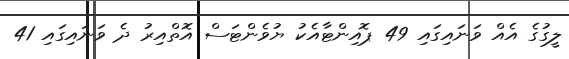
ލީގުގެ އެއް ވަނައިގައި 49 ޕޮއިންޓާއެކު ޔުވެންޓަސް އޮތްއިރު ދެ ވަނައިގައި 41